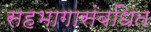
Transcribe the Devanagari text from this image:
सहभागासंबधित